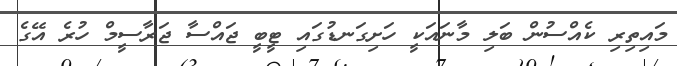
މައިތިރި ކެއްސުން ބަލި މާނައަކީ ހަށިގަނޑުގައި ޓީބީ ޖައްސާ ޖަރާސީމް ހުރެ އޭގެ